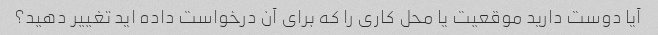
آیا دوست دارید موقعیت یا محل کاری را که برای آن درخواست داده اید تغییر دهید؟